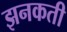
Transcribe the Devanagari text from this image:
झनकती